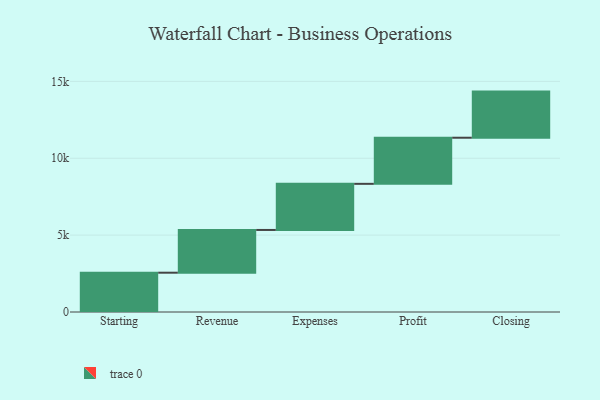
{"axis": {"x": "Step", "y": "Value"}, "legend": [""], "data": [{"x": "Starting", "y": 2556.0, "type": ""}, {"x": "Revenue", "y": 2780.0, "type": ""}, {"x": "Expenses", "y": 3000, "type": ""}, {"x": "Profit", "y": 3000, "type": ""}, {"x": "Closing", "y": 3000, "type": ""}]}